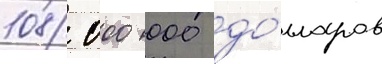
108 000 000 до́лларов